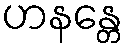
ဟနန္တေ